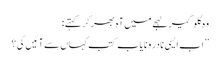
وہ گلو گیر لہجے میں آہ بھر کر کہتے :
’’ اب ایسی نادر و نایاب کتب کہاں سے آئیں گی ؟